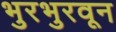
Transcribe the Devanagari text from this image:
भुरभुरवून